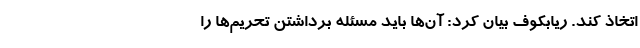
اتخاذ کند. ریابکوف بیان کرد: آن‌ها باید مسئله برداشتن تحریم‌ها را